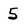
Character: 5